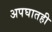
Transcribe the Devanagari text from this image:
अपघातही